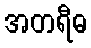
အတရီဓ